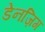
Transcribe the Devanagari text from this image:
डेनज़िग